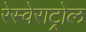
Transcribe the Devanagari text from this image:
रेस्वेराट्रोल